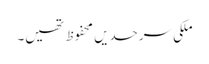
ملکی سرحدیں محفوظ تھیں۔